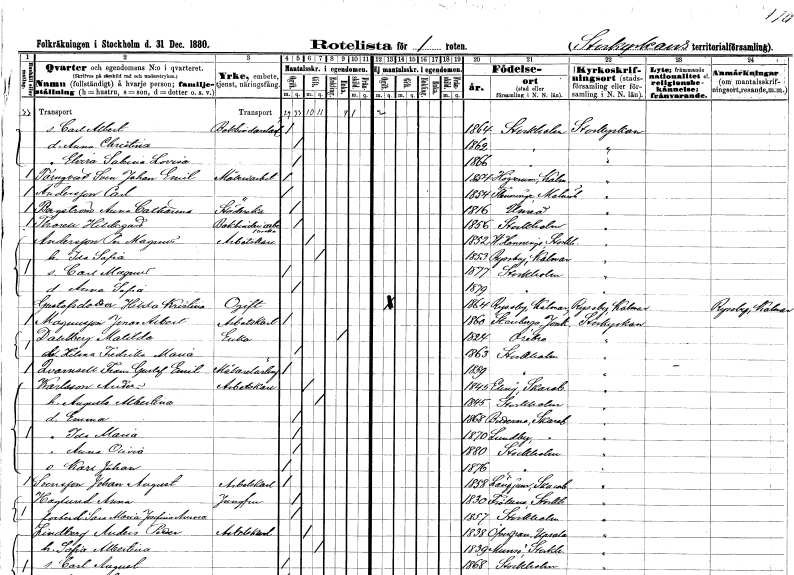
gt_parse: households: individuals: FN: Carl Albert
YRKE: Bokbindarelärling
KON: M
CIV: O
FODAR: 1864
FODFORS: Stockholm
FN: Anna Christina
KON: K
CIV: O
FODAR: 1862
FODFORS: Stockholm
FN: Elvira Sabina Lovisa
KON: K
CIV: O
FODAR: 1866
FODFORS: Stockholm
FN: Sven Johan Emil
EN: Törnqvist
YRKE: Måleriarbetare
KON: M
CIV: O
FODAR: 1854
FODFORS: Högsrum Kalmar län
FN: Carl
EN: Andersson
YRKE: Måleriarbetare
KON: M
CIV: O
FODAR: 1854
FODFORS: Fleninge Malmöhus län
FN: Anna Catharina
EN: Bergström
YRKE: Städerska
KON: K
CIV: O
FODAR: 1816
FODFORS: Umeå Västerbottens län
FN: Hildegard
EN: Thorell
YRKE: Bokbinderiarbeterska
KON: K
CIV: O
FODAR: 1856
FODFORS: Stockholm
FN: Per Magnus
EN: Andersson
YRKE: Arbetskarl
KON: M
CIV: G
FODAR: 1852
FODFORS: Västerhaninge Stockholms län
FN: Ida Sofia
KON: K
CIV: G
FODAR: 1853
FODFORS: Ryssby Kalmar län
FN: Carl Magnus
KON: M
CIV: O
FODAR: 1877
FODFORS: Stockholm
FN: Anna Sofia
KON: K
CIV: O
FODAR: 1879
FODFORS: Stockholm
FN: Hilda Kristina
EN: Gustafsdotter
KON: K
CIV: O
FODAR: 1864
FODFORS: Ryssby Kalmar län
FN: Jonas Albert
EN: Magnusson
YRKE: Arbetskarl
KON: M
CIV: O
FODAR: 1860
FODFORS: Stenberga Jönköpings län
FN: Matilda
EN: Dahlberg
YRKE: Änka
KON: K
CIV: E
FODAR: 1824
FODFORS: Örebro Örebro län
FN: Hilma Fredrika Maria
KON: K
CIV: O
FODAR: 1863
FODFORS: Stockholm
FN: Frans Gustaf Emil
EN: Qvarnsell
YRKE: Målarelärling
KON: M
CIV: O
FODAR: 1859
FODFORS: Stockholm
FN: Anders
EN: Karlsson
YRKE: Arbetskarl
KON: M
CIV: G
FODAR: 1845
FODFORS: Eling Skaraborgs län
FN: Augusta Albertina
KON: K
CIV: G
FODAR: 1845
FODFORS: Stockholm
FN: Emma
KON: K
CIV: O
FODAR: 1868
FODFORS: Bitterna Skaraborgs län
FN: Ida Maria
KON: K
CIV: O
FODAR: 1870
FODFORS: Lundby Skaraborgs län
FN: Anna Olivia
KON: K
CIV: O
FODAR: 1880
FODFORS: Stockholm
FN: Karl Johan
KON: M
CIV: O
FODAR: 1876
FODFORS: Stockholm
FN: Johan August
EN: Svensson
YRKE: Arbetskarl
KON: M
CIV: O
FODAR: 1858
FODFORS: Längjum Skaraborgs län